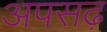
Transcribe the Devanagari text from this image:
अपसढ़